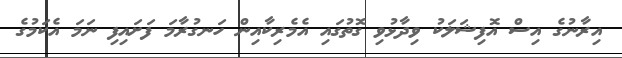
އިރާނުގެ އިސް އޮފިޝަލަކު ވިދާޅުވި ގޮތުގައި އެމެރިކާއިން ހަނގުރާމަ ފަށައިފި ނަމަ އެކަމުގެ